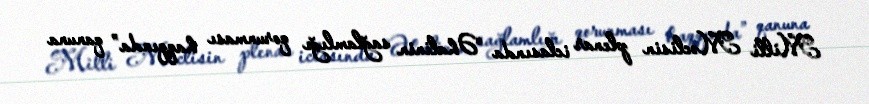
Milli Məclisin plenar iclasında “Əhalinin sağlamlığı qorunması haqqında” qanuna